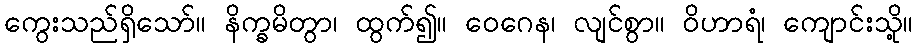
ကွေးသည်ရှိသော်။ နိက္ခမိတွာ၊ ထွက်၍။ ဝေဂေန၊ လျင်စွာ။ ဝိဟာရံ၊ ကျောင်းသို့။